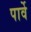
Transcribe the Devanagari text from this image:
पार्वे